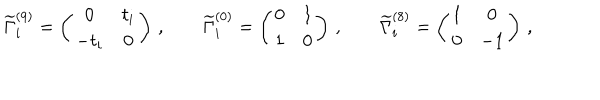
\widetilde { \Gamma } _ { i } ^ { ( 9 ) } = \left( \begin{matrix} { { 0 } } & { { t _ { i } } } \\ { { - t _ { i } } } & { { 0 } } \\ \end{matrix} \right) \, , \qquad \widetilde { \Gamma } _ { i } ^ { ( 0 ) } = \left( \begin{matrix} { { 0 } } & { { 1 } } \\ { { 1 } } & { { 0 } } \\ \end{matrix} \right) \, , \qquad \widetilde { \Gamma } _ { i } ^ { ( 8 ) } = \left( \begin{matrix} { { 1 } } & { { 0 } } \\ { { 0 } } & { { - 1 } } \\ \end{matrix} \right) \, ,